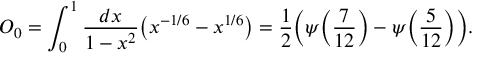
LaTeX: O _ { 0 } = \int _ { 0 } ^ { 1 } { \frac { d x } { 1 - x ^ { 2 } } } \bigl ( x ^ { - 1 / 6 } - x ^ { 1 / 6 } \bigr ) = { \frac { 1 } { 2 } } \Bigl ( \psi \Bigl ( { \frac { 7 } { 1 2 } } \Bigr ) - \psi \Bigl ( { \frac { 5 } { 1 2 } } \Bigr ) \Bigr ) .